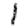
Digit: 1